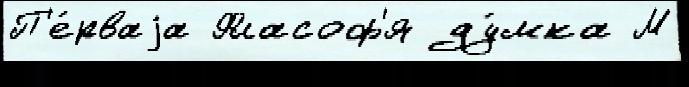
П'е́рваjа Фласоф'я ду́мка М